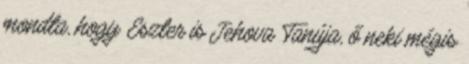
mondta, hogy Eszter is Jehova Tanúja, ő neki mégis